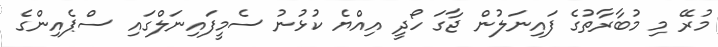
މުރޭ މި މުބާރާތުގެ ފައިނަލުން ޖާގަ ހޯދީ އިއްޔެ ކުޅުނު ސެމީފައިނަލްގައި ސްޕެއިންގެ